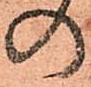
の